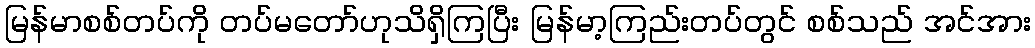
မြန်မာစစ်တပ်ကို တပ်မတော်ဟုသိရှိကြပြီး မြန်မာ့ကြည်းတပ်တွင် စစ်သည် အင်အား